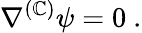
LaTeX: \nabla^{(\mathbb{C})}\psi=0~.